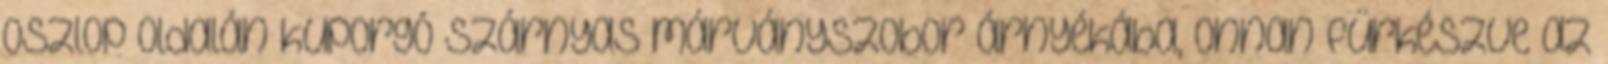
oszlop oldalán kuporgó szárnyas márványszobor árnyékába, onnan fürkészve az